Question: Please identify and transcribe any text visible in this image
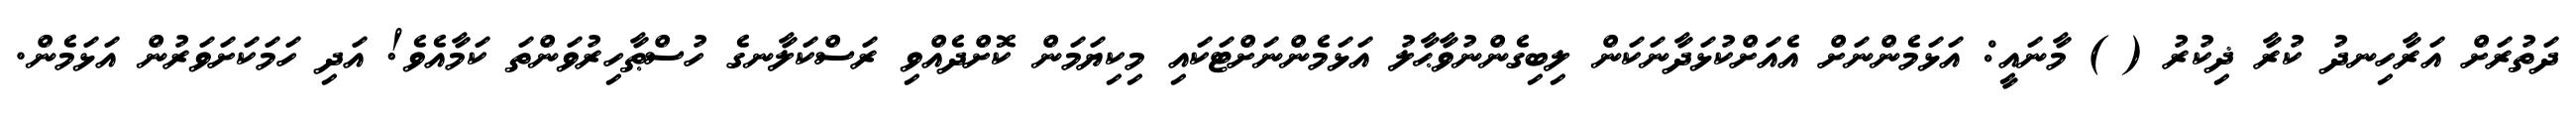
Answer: ދަތުރަށް އަރާހިނދު ކުރާ ޛިކުރު ( ) މާނައީ: އަޅަމެންނަށް އެއަށްކުޅަދާނަކަން ލިބިގެންނުވާޙާލު އަޅަމެންނަށްޓަކައި މިކިޔަމަން ކޮށްދެއްވި ރަސްކަލާނގެ ހުސްޠާހިރުވަންތަ ކަމާއެވެ! އަދި ހަމަކަށަވަރުން އަޅަމެން.